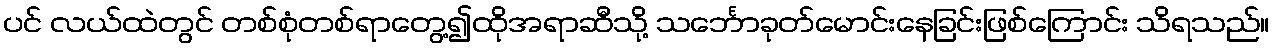
ပင် လယ်ထဲတွင် တစ်စုံတစ်ရာတွေ့၍ထိုအရာဆီသို့ သင်္ဘောခုတ်မောင်းနေခြင်းဖြစ်ကြောင်း သိရသည်။